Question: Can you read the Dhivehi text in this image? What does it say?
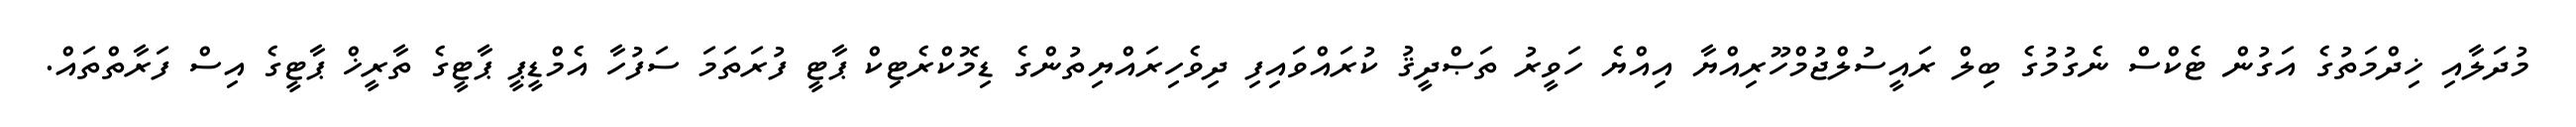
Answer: މުދަލާއި ޚިދްމަތުގެ އަގުން ޓެކްސް ނެގުމުގެ ބިލް ރައީސުލްޖުމްހޫރިއްޔާ އިއްޔެ ހަވީރު ތަޞްދީޤު ކުރައްވައިފި ދިވެހިރައްޔިތުންގެ ޑިމޮކްރެޓިކް ޕާޓީ ފުރަތަމަ ސަފުހާ އެމްޑީޕީ ޕާޓީގެ ތާރީޚް ޕާޓީގެ އިސް ފަރާތްތައް.